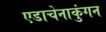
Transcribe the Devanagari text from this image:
एडाचेनाकुंगन